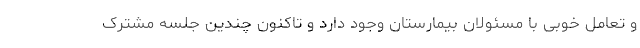
و تعامل خوبی با مسئولان بیمارستان وجود دارد و تاکنون چندین جلسه مشترک